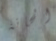
الحانة